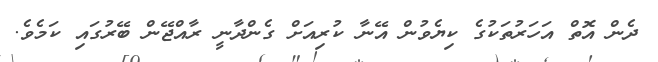
ދެން އޮތް އަހަރުތަކުގެ ކިޔެވުން އޭނާ ކުރިއަށް ގެންދާނީ ރާއްޖޭން ބޭރުގައި ކަމެވެ.